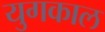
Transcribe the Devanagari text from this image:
युगकाल